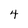
Character: 4